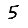
Digit: 5